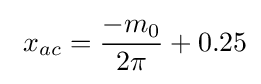
\ x_{ac}={-m_{0} \over {2\pi }}+0.25